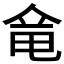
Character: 𠊋